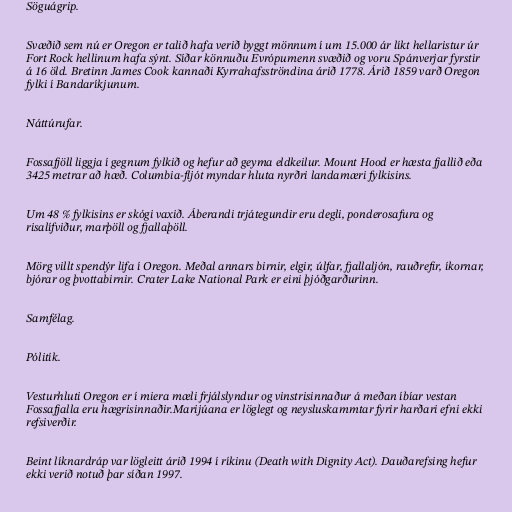
Söguágrip.

Svæðið sem nú er Oregon er talið hafa verið byggt mönnum í um 15.000 ár líkt hellaristur úr
Fort Rock hellinum hafa sýnt. Síðar könnuðu Evrópumenn svæðið og voru Spánverjar fyrstir
á 16 öld. Bretinn James Cook kannaði Kyrrahafsströndina árið 1778. Árið 1859 varð Oregon
fylki í Bandaríkjunum.

Náttúrufar.

Fossafjöll liggja í gegnum fylkið og hefur að geyma eldkeilur. Mount Hood er hæsta fjallið eða
3425 metrar að hæð. Columbia-fljót myndar hluta nyrðri landamæri fylkisins.

Um 48 % fylkisins er skógi vaxið. Áberandi trjátegundir eru degli, ponderosafura og
risalífviður, marþöll og fjallaþöll.

Mörg villt spendýr lifa í Oregon. Meðal annars birnir, elgir, úlfar, fjallaljón, rauðrefir, íkornar,
bjórar og þvottabirnir. Crater Lake National Park er eini þjóðgarðurinn.

Samfélag.

Pólitík.

Vesturhluti Oregon er í miera mæli frjálslyndur og vinstrisinnaður á meðan íbíar vestan
Fossafjalla eru hægrisinnaðir.Marijúana er löglegt og neysluskammtar fyrir harðari efni ekki
refsiverðir.

Beint líknardráp var lögleitt árið 1994 í ríkinu (Death with Dignity Act). Dauðarefsing hefur
ekki verið notuð þar síðan 1997.